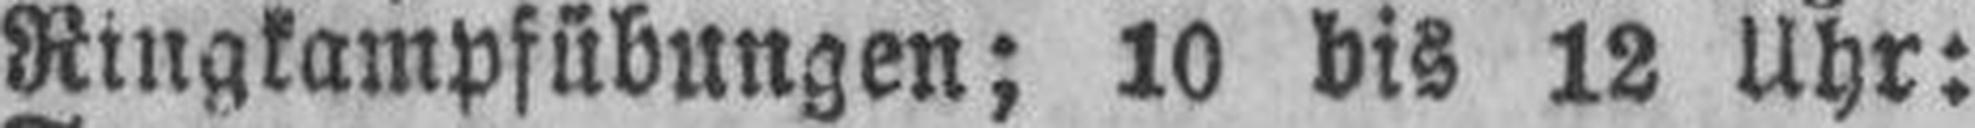
Ringkampfübungen; 10 bis 12 Uhr: